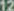
12